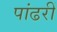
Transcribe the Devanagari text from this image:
पांढरीं